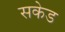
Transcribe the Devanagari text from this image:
सकेड